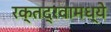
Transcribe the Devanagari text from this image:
रक्तद्रवामध्ये